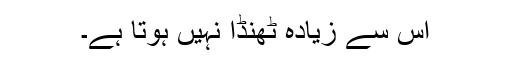
اس سے زیادہ ٹھنڈا نہیں ہوتا ہے۔